Materia medica of Madras volume I
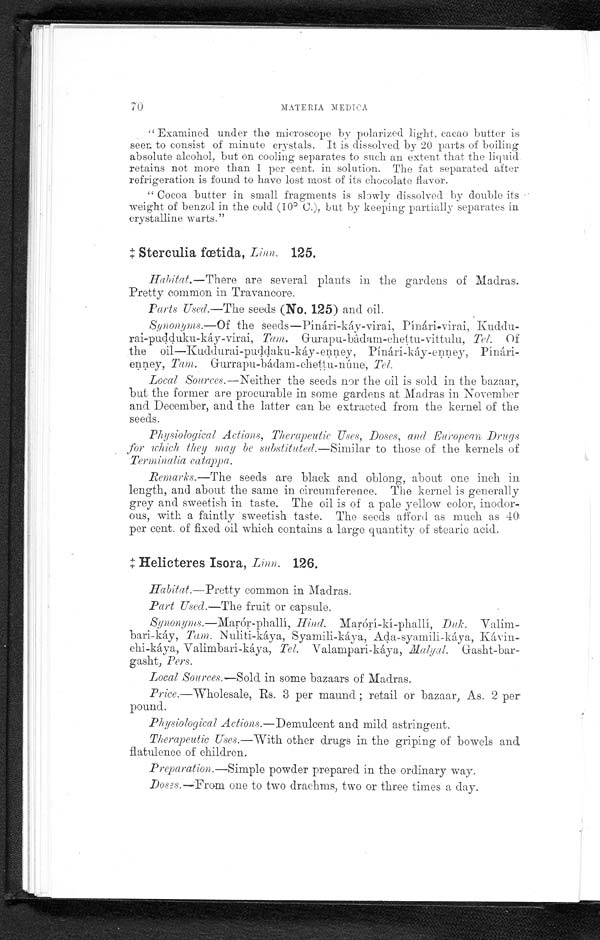
70
MATE R IA MEDICA
" Examined under the microscope by polarized light, cacao butter is
seen to consist of minute crystals. It is dissolved by 20 parts of boiling
absolute alcohol, but on cooling separates to such an extent that the liquid.
retains not more than 1 per cent. in solution. The fat separated after
refrigeration is found to have lost most of its chocolate flavor.
"Cocoa butter in small fragments is slowly dissolved by double its
weight of benzel in the cold (10° C.), but by keeping partially separates in
crystalline warts."
Sterculia fœtida, Linn. 125.
Habitat.—There are several plants in the gardens of Madras.
Pretty common in Travancore.
Parts Med.—The seeds (No. 125) and oil.
Synonyms.—Of the seeds-Pínári-káy-virai,
Kuddu-
rai-pudduku-káy-virai, Tam Gurapu-bâdam-chettu - vittulu, Tel. Of
the oil —Kuddurai-puddaku-káy -eņņ ey, Pínári-káy-eņņey,
Pínári-
eņņey, Tem. Gurrapu-bádam-cheţţu-núne, Tel.
Local Sources.—Neither the seeds nor the oil is sold in the bazaar,
but the former are procurable in some gardens at Madras in November
and December, and the latter can be extracted from the kernel of the
seeds
Physiological Actions, Therapeutic Uses, Doses, and European Drugs
for which, they may be substituted.—Similar to those of the kernels of
Terminalia catappa.
Remarks.—The seeds are black and oblong, about one inch in
length, and about the same in circumference. The kernel is generally
grey and sweetish in taste. The oil is of a pale yellow color,
i n o d o r - o u s ,
w i t h a f a i n t l y
s w e e t i s h t a s t e . T h e s e e d s a f f o r d a s m u c h a s 4 0
per cent of fixed oil which contains a large quantity of stearic acid.
‡Helicteres Isora, Linn. 126.
Habitat.—Pretty common in Madras.
Part Used.—The fruit or capsule.
Synonyms—Marór-phallí, Hind. Marórí-kí-phallí Duk.
bari-káy, Tem. Nuliti-káya, Syamili-káya, Ada-syamili-káya, Kávin-
chi-káya, Valimbari-káya, Tel. Valampari-káya, Malyal Gasht-bar-
gasht, Pers.
Local Sources.—Sold in some bazaars of Madras.
Price.—Wholesale, Rs. 3 per maund; retail or bazaar, As. 2 per
pound.
Physiological Actions.—Demulcent and mild astringent.
Therapeutic U ses.— With other thugs in the griping of bowels an
flatulence of children.
Preparation.—Simple powder prepared in the ordinary way.
Doses.—From one to two drachms, two or three times a day.